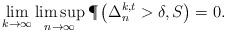
LaTeX: \begin{align*} \lim_{k \to \infty} \limsup_{n \to \infty} \P\left( \Delta_n^{k,t} > \delta, S \right) = 0.\end{align*}